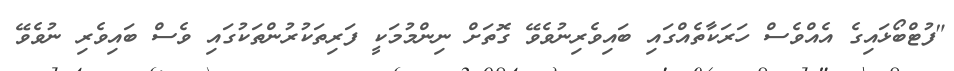
"ފުޓްބޯޅައިގެ އެއްވެސް ހަރަކާތެއްގައި ބައިވެރިނުވެވޭ ގޮތަށް ނިންމުމަކީ ފަރިތަކުރުންތަކުގައި ވެސް ބައިވެރި ނުވެވޭ